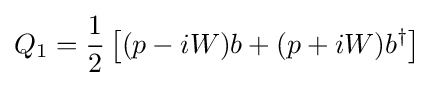
Q_{1}={\frac {1}{2}}\left[(p-iW)b+(p+iW)b^{\dagger }\right]